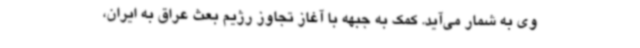
وی به شمار می‌آید. کمک به جبهه با آغاز تجاوز رژیم بعث عراق به ایران،